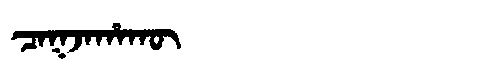
Manchu: ᠴᠠᡴᠵᠠᡥᠠᡴᡡ
Romanization: CAKJAHAKŪ